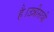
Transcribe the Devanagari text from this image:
है।उन्नीसवीं